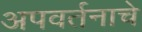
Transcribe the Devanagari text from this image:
अपवर्तनाचे